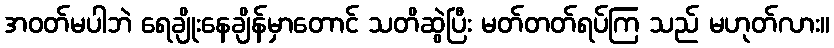
အဝတ်မပါဘဲ ရေချိုးနေချိန်မှာတောင် သတိဆွဲပြီး မတ်တတ်ရပ်ကြ သည် မဟုတ်လား။